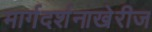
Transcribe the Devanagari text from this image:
मार्गदर्शनाखेरीज